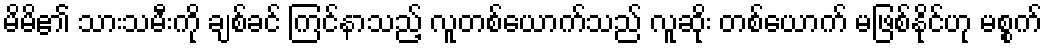
မိမိ၏ သားသမီးကို ချစ်ခင် ကြင်နာသည့် လူတစ်ယောက်သည် လူဆိုး တစ်ယောက် မဖြစ်နိုင်ဟု မစ္စက်